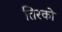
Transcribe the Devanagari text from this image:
तिरको